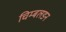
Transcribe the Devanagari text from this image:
चिम्बलडन